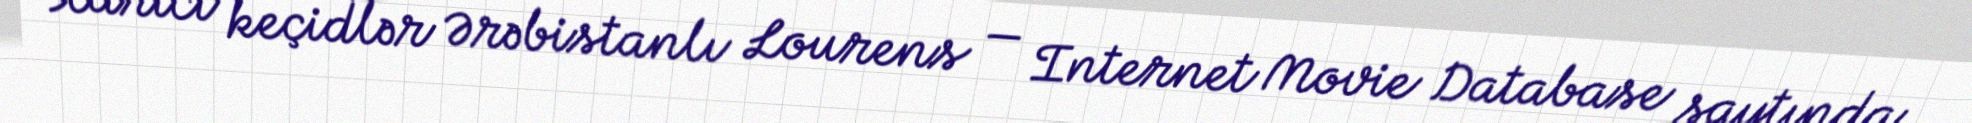
Xarici keçidlər Ərəbistanlı Lourens — Internet Movie Database saytında.